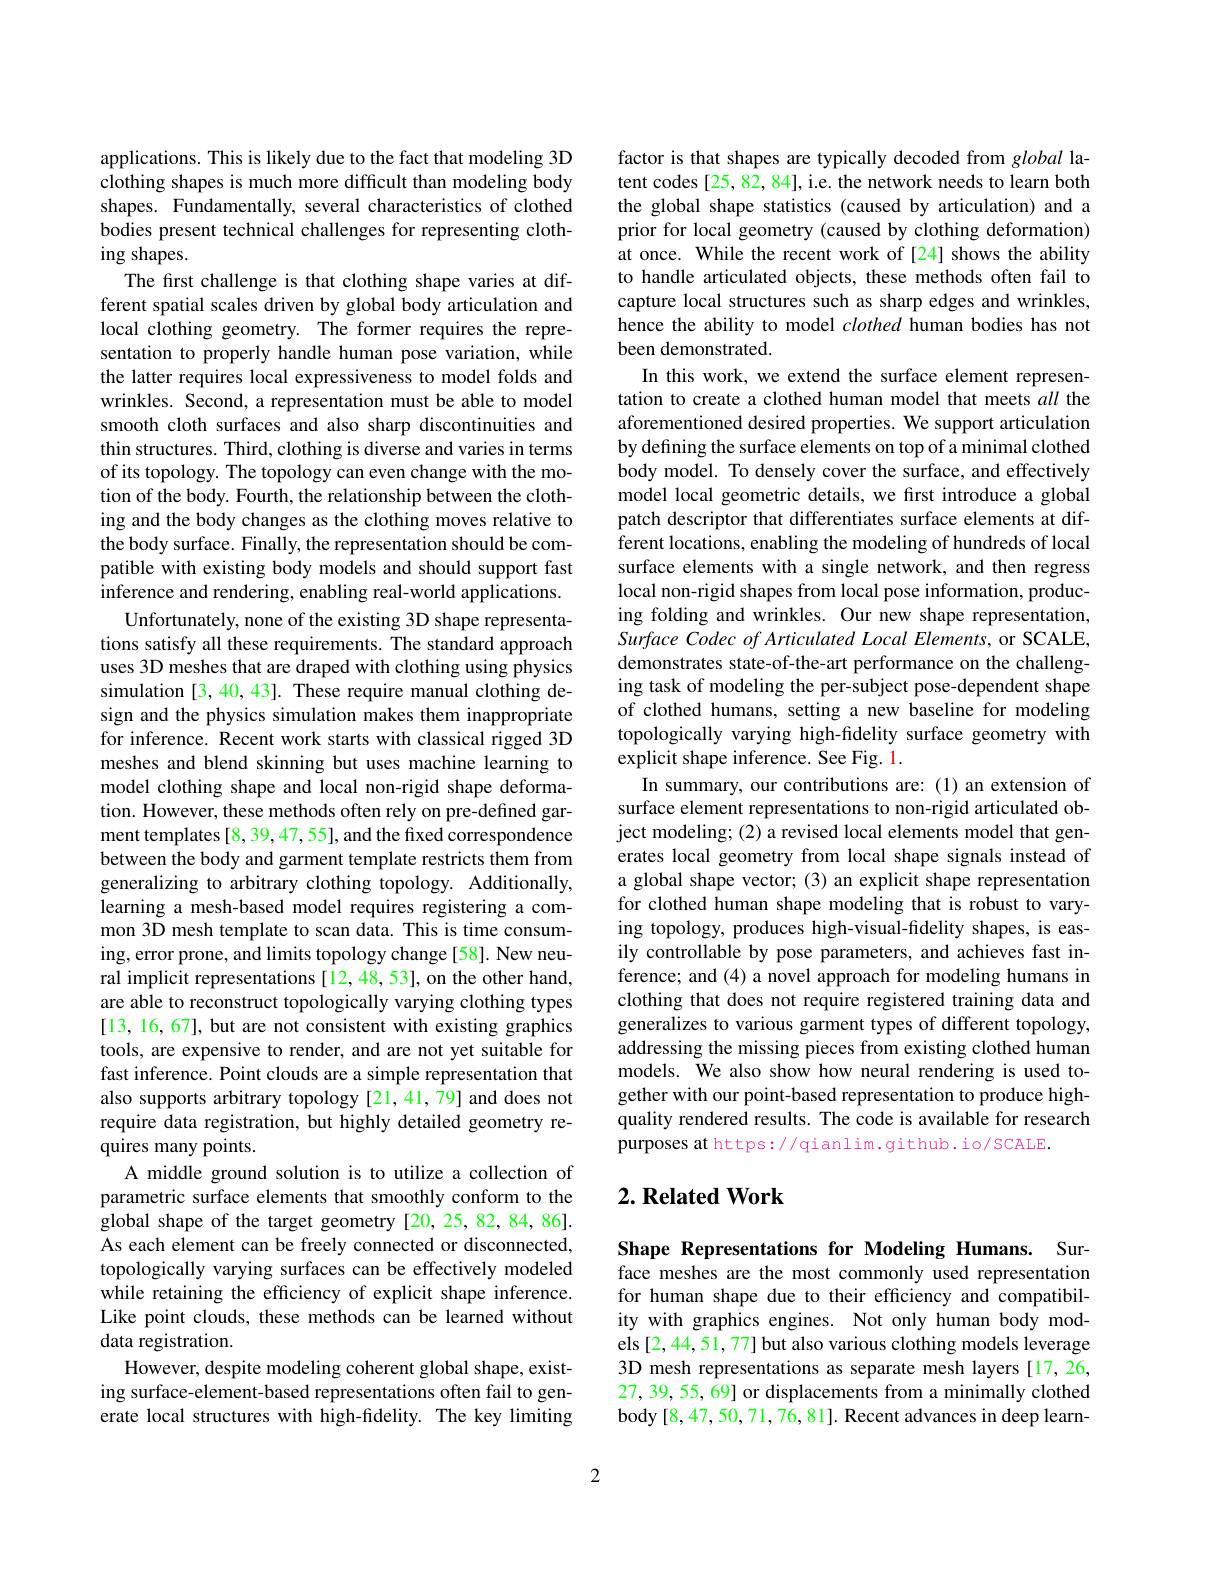
applications. This is likely due to the fact that modeling 3D clothing shapes is much more difficult than modeling body shapes. Fundamentally, several characteristics of clothed bodies present technical challenges for representing clothing shapes.
The first challenge is that clothing shape varies at different spatial scales driven by global body articulation and local clothing geometry. The former requires the representation to properly handle human pose variation, while the latter requires local expressiveness to model folds and wrinkles. Second, a representation must be able to model smooth cloth surfaces and also sharp discontinuities and thin structures. Third, clothing is diverse and varies in terms of its topology. The topology can even change with the motion of the body. Fourth, the relationship between the clothing and the body changes as the clothing moves relative to the body surface. Finally, the representation should be compatible with existing body models and should support fast inference and rendering, enabling real-world applications.
Unfortunately, none of the existing 3D shape representations satisfy all these requirements. The standard approach uses 3D meshes that are draped with clothing using physics simulation [3, 40, 43]. These require manual clothing design and the physics simulation makes them inappropriate for inference. Recent work starts with classical rigged 3D meshes and blend skinning but uses machine learning to model clothing shape and local non-rigid shape deformation. However, these methods often rely on pre-defined garment templates [8,39,47,55], and the fixed correspondence between the body and garment template restricts them from generalizing to arbitrary clothing topology. Additionally, learning a mesh-based model requires registering a common 3D mesh template to scan data. This is time consuming, error prone, and limits topology change [58]. New neural implicit representations[12,48,53], on the other hand, are able to reconstruct topologically varying clothing types [13,16,67], but are not consistent with existing graphics tools, are expensive to render, and are not yet suitable for fast inference. Point clouds are a simple representation that also supports arbitrary topology [21,41,79] and does not require data registration, but highly detailed geometry requires many points.
A middle ground solution is to utilize a collection of parametric surface elements that smoothly conform to the global shape of the target geometry [20,25,82,84,86]. As each element can be freely connected or disconnected, topologically varying surfaces can be effectively modeled while retaining the efficiency of explicit shape inference. Like point clouds, these methods can be learned without data registration.
However, despite modeling coherent global shape, existing surface-element-based representations often fail to generate local structures with high-fidelity. The key limiting

factor is that shapes are typically decoded from global latent codes [25, 82, 84], i.e. the network needs to learn both the global shape statistics (caused by articulation) and a prior for local geometry (caused by clothing deformation) at once. While the recent work of [24] shows the ability to handle articulated objects, these methods often fail to capture local structures such as sharp edges and wrinkles, hence the ability to model clothed human bodies has not been demonstrated.
In this work, we extend the surface element representation to create a clothed human model that meets all the aforementioned desired properties. We support articulation by defining the surface elements on top of a minimal clothed body model. To densely cover the surface, and effectively model local geometric details, we first introduce a global patch descriptor that differentiates surface elements at different locations, enabling the modeling of hundreds of local surface elements with a single network, and then regress local non-rigid shapes from local pose information, producing folding and wrinkles. Our new shape representation, Surface Codec of Articulated Local Elements, or SCALE, demonstrates state-of-the-art performance on the challenging task of modeling the per-subject pose-dependent shape of clothed humans, setting a new baseline for modeling topologically varying high-fidelity surface geometry with explicit shape inference. See Fig. 1
In summary, our contributions are:(1) an extension of surface element representations to non-rigid articulated object modeling; (2) a revised local elements model that generates local geometry from local shape signals instead of a global shape vector; (3) an explicit shape representation for clothed human shape modeling that is robust to varying topology, produces high-visual-fidelity shapes, is easily controllable by pose parameters, and achieves fast inference; and (4) a novel approach for modeling humans in clothing that does not require registered training data and generalizes to various garment types of different topology, addressing the missing pieces from existing clothed human models. We also show how neural rendering is used together with our point-based representation to produce highquality rendered results. The code is available for research purposes at https://qianlim.github.io/SCALE.

## $2. \textbf{Related Work}$

Shape Representations for Modeling Humans. Surface meshes are the most commonly used representation for human shape due to their efficiency and compatibility with graphics engines. Not only human body models [2,44,51,77] but also various clothing models leverage 3D mesh representations as separate mesh layers [17,26, 27, 39, 55, 69] or displacements from a minimally clothed body [8,47,50,71,76,81]. Recent advances in deep learn-

2